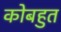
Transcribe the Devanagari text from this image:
कोबहुत